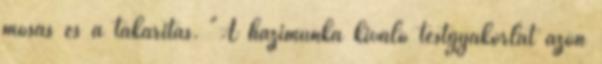
mosás és a takarítás. "A házimunka kiváló testgyakorlat azon